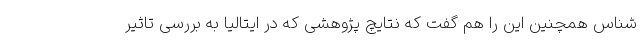
شناس همچنین این را هم گفت که نتایچ پژوهشی که در ایتالیا به بررسی تاثیر